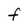
Character: F